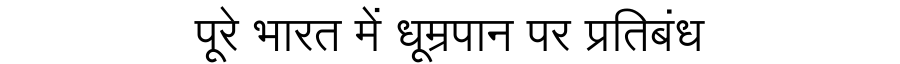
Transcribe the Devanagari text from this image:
पूरे भारत में धूम्रपान पर प्रतिबंध